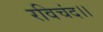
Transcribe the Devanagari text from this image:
रविचंद।।